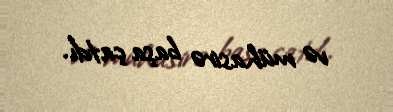
və mühasirə başa çatdı.